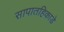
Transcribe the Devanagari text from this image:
सापातहिकाडे